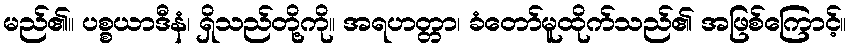
မည်၏။ ပစ္စယာဒီနံ၊ ရှိသည်တို့ကို။ အရဟတ္တာ၊ ခံတော်မူထိုက်သည်၏ အဖြစ်ကြောင့်။